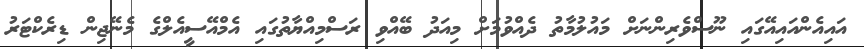
އައިއެންއައިއޭގައި ނޫސްވެރިންނަށް މައުލުމާތު ދެއްވުމަށް މިއަދު ބޭއްވި ރަސްމިއްޔާތުގައި އެމްއޭސީއެލްގެ މެނޭޖިން ޑިރެކްޓަރު